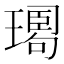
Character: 𤩉